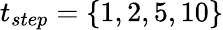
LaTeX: t_{step}=\{ 1,2,5,10\}